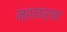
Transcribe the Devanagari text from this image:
म्हातार्‍या